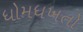
ધોમધખતો